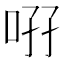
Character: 𠲚